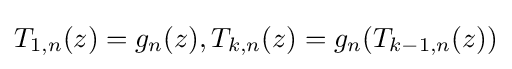
T_{1,n}(z)=g_{n}(z),T_{k,n}(z)=g_{n}(T_{k-1,n}(z))